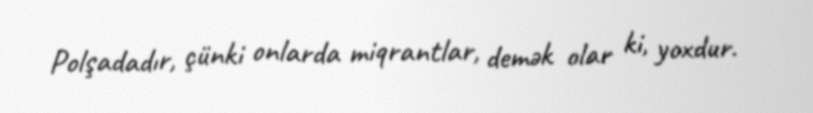
Polşadadır, çünki onlarda miqrantlar, demək olar ki, yoxdur.